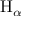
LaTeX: \mathrm { H } _ { \alpha }